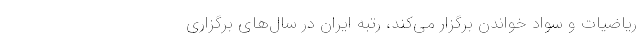
ریاضیات و سواد خواندن برگزار می‌کند، رتبه ایران در سال‌های برگزاری